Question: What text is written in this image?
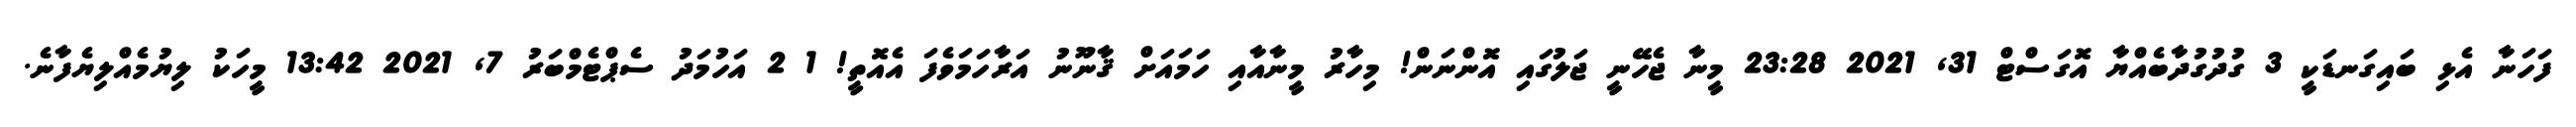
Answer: ފަހަނާ އެޅި ބައިގަނޑަކީ 3 ގުދުގުދާބެއްޔާ އޮގަސްޓް 31, 2021 23:28 މީނާ ޖެހޭނީ ޖަލުގައި އޮންނަން! މިހާރު މީނާއާއި ހަމައަށް ޤާނޫނު އަރާހަމަވެފަ އެއޮތީ! 1 2 އަހުމަދު ސެޕްޓެމްބަރު 7, 2021 13:42 މީހަކު ލިޔުމެއްލިޔެފާނެ.